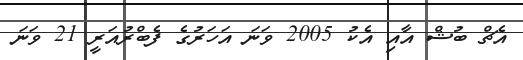
އެޗް ބުޝް އާއި އެކު 2005 ވަނަ އަހަރުގެ ފެބްރުއަރީ 21 ވަނަ